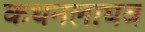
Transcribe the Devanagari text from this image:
कथनलाघव